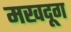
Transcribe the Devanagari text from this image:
मखदूग